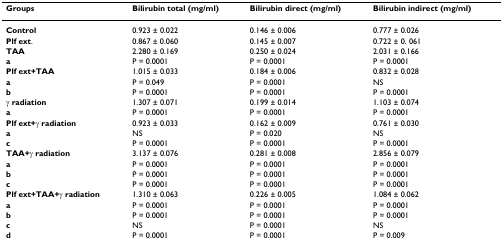
| Groups | Bilirubin total (mg/ml) | Bilirubin direct (mg/ml) | Bilirubin indirect (mg/ml) |
 | --- | --- | --- | --- |
 | Control | 0.923 ± 0.022 | 0.146 ± 0.006 | 0.777 ± 0.026 |
 | Plf ext. | 0.867 ± 0.060 | 0.145 ± 0.007 | 0.722 ± 0. 061 |
 | TAA | 2.280 ± 0.169 | 0.250 ± 0.024 | 2.031 ± 0.166 |
 | a | P = 0.0001 | P = 0.0001 | P = 0.0001 |
 | Plf ext+TAA | 1.015 ± 0.033 | 0.184 ± 0.006 | 0.832 ± 0.028 |
 | a | P = 0.049 | P = 0.0001 | NS |
 | b | P = 0.0001 | P = 0.0001 | P = 0.0001 |
 | γ radiation | 1.307 ± 0.071 | 0.199 ± 0.014 | 1.103 ± 0.074 |
 | a | P = 0.0001 | P = 0.0001 | P = 0.0001 |
 | Plf ext+γ radiation | 0.923 ± 0.033 | 0.162 ± 0.009 | 0.761 ± 0.030 |
 | a | NS | P = 0.020 | NS |
 | c | P = 0.0001 | P = 0.0001 | P = 0.0001 |
 | TAA+γ radiation | 3.137 ± 0.076 | 0.281 ± 0.008 | 2.856 ± 0.079 |
 | a | P = 0.0001 | P = 0.0001 | P = 0.0001 |
 | b | P = 0.0001 | P = 0.0001 | P = 0.0001 |
 | c | P = 0.0001 | P = 0.0001 | P = 0.0001 |
 | Plf ext+TAA+γ radiation | 1.310 ± 0.063 | 0.226 ± 0.005 | 1.084 ± 0.062 |
 | a | P = 0.0001 | P = 0.0001 | P = 0.0001 |
 | b | P = 0.0001 | P = 0.0001 | P = 0.0001 |
 | c | NS | P = 0.0001 | NS |
 | d | P = 0.0001 | P = 0.0001 | P = 0.009 |